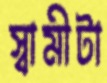
স্বামীটা